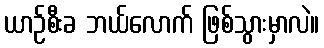
ယာဉ်စီးခ ဘယ်လောက် ဖြစ်သွားမှာလဲ။